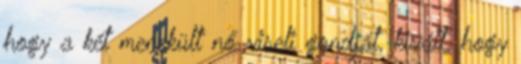
hogy a két menekült nő viseli gondját, kivált, hogy